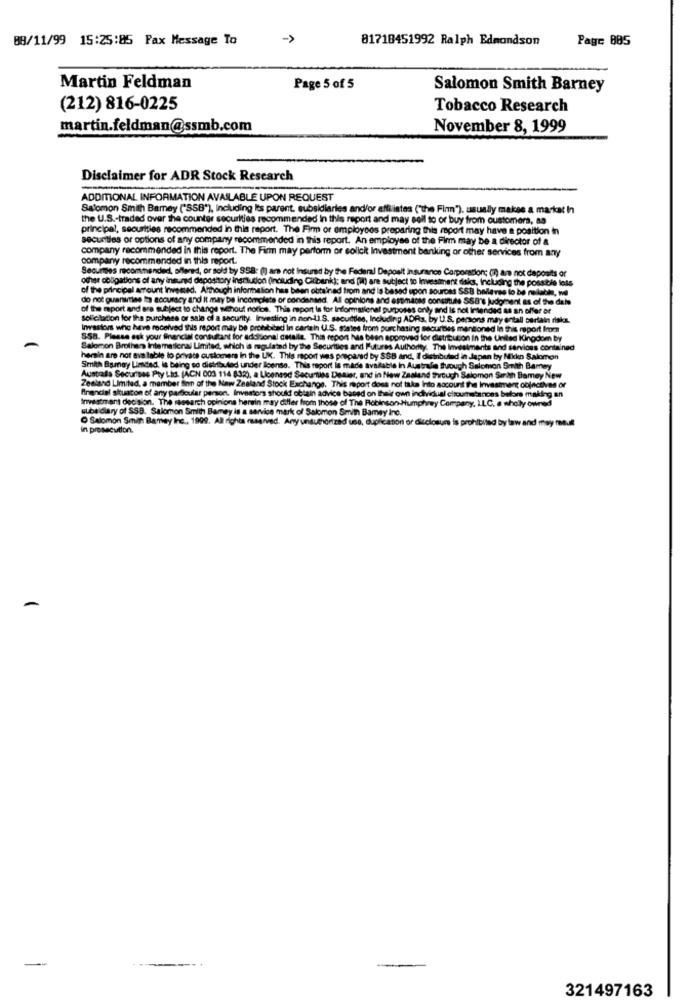
88/11/99 15:25:85 Fax Message To
->
81718451992 Ralph Edmondson
Page 885
Martin Feldman
Page 5 of 5
Salomon Smith Barney
(212) 816-0225
Tobacco Research
martin.feldman@ssmb.com
November 8, 1999
Disclaimer for ADR Stock Research
ADDITIONAL INFORMATION AVAILABLE UPON REQUEST
Salomon Smith Bamey ("SSB"), Including Its parent, subsidiaries and/or affiliates ("the Finn"), usually makes a market In
the U.S .- traded over the counter securities recommended in this report and may soll to or buy from customers, as
principal, securities recommended in this report. The Firm or employees preparing this report may have a position in
securities or options of any company recommended in this report. An employee of the Firm may be a director of a
company recommended in this report. The Firm may perform or solicit Investment banking or other services from any
company recommended in this report.
Securmes recommended, offered, or sold by SS8:(!)
not Insured by the Federal Deposit insurance Corporation; (1) are not deposits of
other obligations of any insured depository insmiucion (including Citibank); and (M) are subject to Investment dlaks, Including the possible loss
of the principal amount Invemed. Although information
has been obtained from and is based upon sources SSB belleves to be reliable, we
do not guarantee In accuracy and It may be incomplete of Doc
hand. All opinions
d estimadas consitue SSB's judgment as of the del
of the report and are subject to change schout norios. This report Is for Informale
This report Is for Informational purposes only and Is not Intended as an offer of
Solicitudtion for the purchase or sale of a security. Investing in
ding in non-di. S. sacuddles, Including ADRs, by U.S. persons may entall certain risks.
Investors who have received this report may be probts
bad In cartain U.S. states from purchasing securides mentioned In this report from
SSB. Please ask your financial consultant for addisonal detalle. This report has been approved for distribution In the United Kingdom By
Salomon Brothers Intematicral Limited, which ia regulated by
the Securities
and Put
thority. The Investments and services contained
hersin are not available lo private customers In the UK. This report was prepared by SSB and, Il distributed in Japan by Nikko Salomon
Smith Bamay Limdad, It being so distributed under license. This report is made ava
Australie tuough Salomon Smith Bamey
Australla Securises Pty Ltd. (ACN 003 114 832), a Licensed Securtiles Denier, and in New Zag
aland through Salomon Smith Bamey New
Zealand Limited, a member Sinn of the New Zealand Stock Exchange. This report does not take Into account the Investment objectives or
financial skuaton of any pardoular person, Investors should obtain advice based on their own individual circumstances before making an
Investment decision. The research opinions herein may differ from those of The Robinson-Humphrey Company, LLC. a wholly owned
subsidiary of SSB. Salomon Smith Bamey is a service mark of Salomon Smith Bamey Inc.
Salomon Smit Bamay Inc ., 1999. All rights maarved. Any unauthorized use, duplication or disclosure is prohibited by law and may moult
in prosecution.
-
321497163